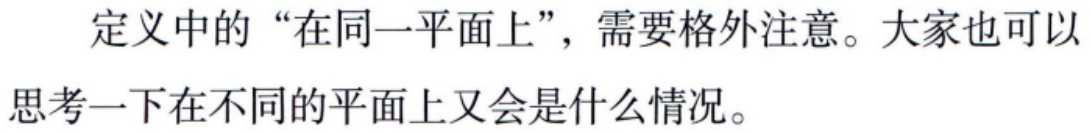
定义中的“在同一平面上”，需要格外注意。大家也可以思考一下在不同的平面上又会是什么情况。